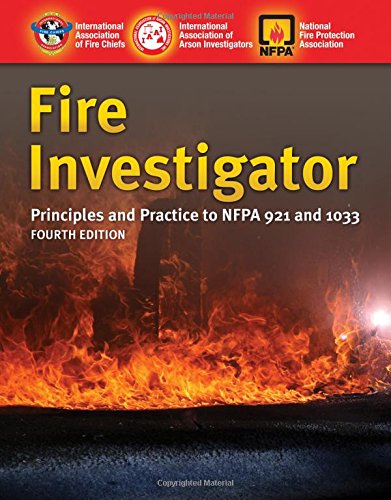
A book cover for Fire Investigator: Principles and Practice to NFPA 921 and NFPA 1033; International Association of Arson Investigators; Medical Books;